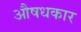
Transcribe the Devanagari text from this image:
औषधकार